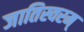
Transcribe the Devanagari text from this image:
जातिस्वरम्